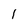
Character: 1